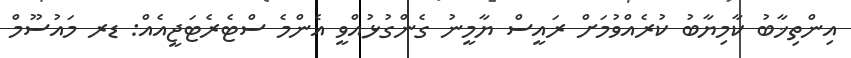
އިންތިޚާބު ކާމިޔާބު ކުރެއްވުމަށް ރައީސް ޔާމީނު ގެންގުޅުއްވީ އެންމެ ސްޓެރެޓަޖީއެއް: ޑރ މައުސޫމް